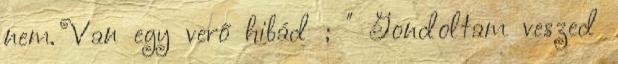
nem. Van egy verő hibád ; " Gondoltam veszed